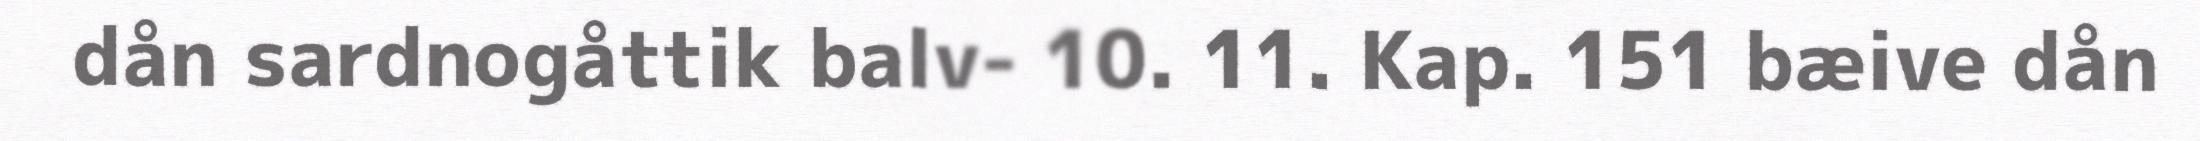
dån sardnogåttik balv- 10. 11. Kap. 151 bæive dån